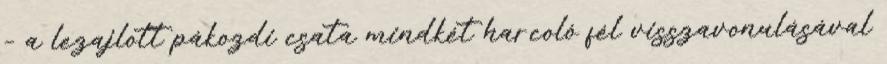
– a lezajlott pákozdi csata mindkét harcoló fél visszavonulásával